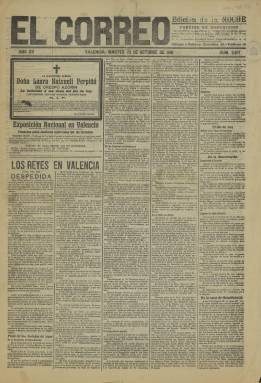
Título: El Correo (Valencia. Ed. de la noche)
Colección: Periódicos
Ámbito geográfico: Valencia
Lugar de publicación: Valencia
Fechas: 25/10/1910-25/10/1910